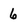
Character: 6